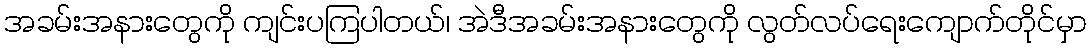
အခမ်းအနားတွေကို ကျင်းပကြပါတယ်၊ အဲဒီအခမ်းအနားတွေကို လွတ်လပ်ရေးကျောက်တိုင်မှာ